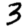
Digit: 3